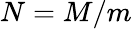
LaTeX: N=M/m